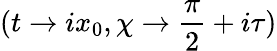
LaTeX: (t\rightarrow ix_{0},\chi\rightarrow\frac{\pi}{2}+i\tau)